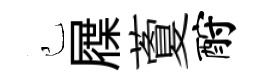
己屧藑酹